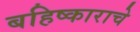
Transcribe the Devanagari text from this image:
बहिष्काराचे